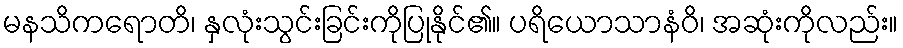
မနသိကရောတိ၊ နှလုံးသွင်းခြင်းကိုပြုနိုင်၏။ ပရိယောသာနံဝိ၊ အဆုံးကိုလည်း။